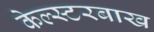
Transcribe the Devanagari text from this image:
केल्स्टरबाख